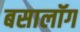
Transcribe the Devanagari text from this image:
बसालॉग